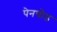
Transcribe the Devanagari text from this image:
पेनचौड